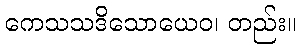
ကေသသဒိသောယေဝ၊ တည်း။